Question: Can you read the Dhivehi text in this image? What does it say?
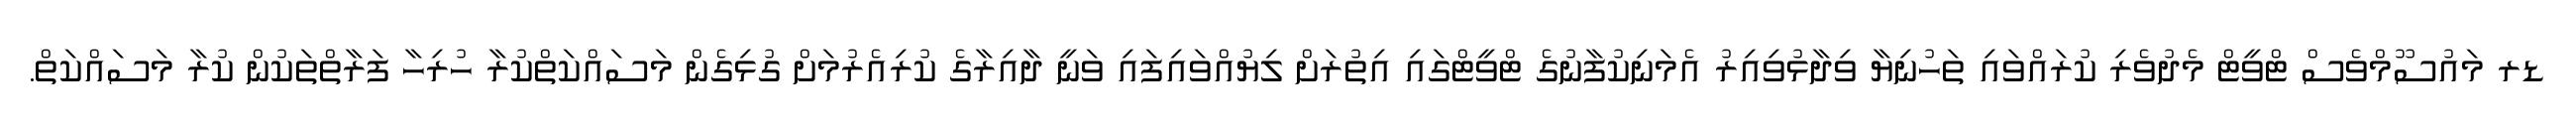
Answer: ޑރ މައުސޫމްވެސް ޓްވީޓް މެދުވެރި ކުރައްވައި ތަހުނިޔާ ވިދާޅުވިއިރު އެމަނިކުފާނުގެ ޓްވީޓްގައި އިތުރަށް ލިޔުއްވައިފައި ވަނީ ދާއިރާގެ ކުރިއެރުމަށް ގުޅިގެން މަސައްކަތްކުރާ ހުރިހާ ފަރާތްތަކުން ކުރާ މަސައްކަތް.